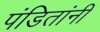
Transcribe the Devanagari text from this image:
पंडितांनीं